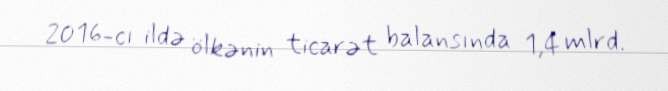
2016-cı ildə ölkənin ticarət balansında 1,4 mlrd.